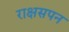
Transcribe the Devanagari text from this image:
राक्षसपन